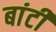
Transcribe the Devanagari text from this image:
बांटीं